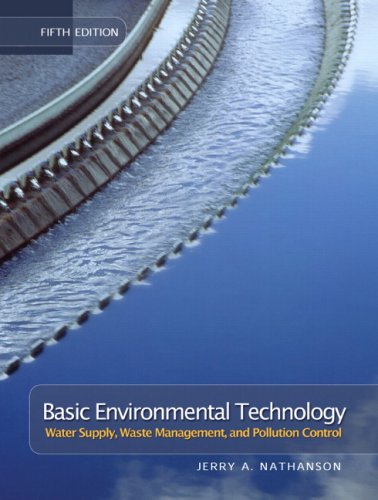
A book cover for Basic Environmental Technology: Water Supply, Waste Management & Pollution Control (5th Edition); Jerry A. Nathanson M.S. P.E.; Science & Math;